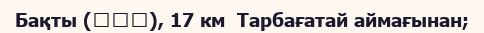
Бақты (巴克图), 17 км  Тарбағатай аймағынан;